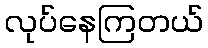
လုပ်နေကြတယ်